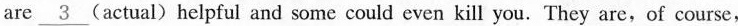
are\underline{3} (actual) helpful and some could even kill you. They are,of course,